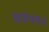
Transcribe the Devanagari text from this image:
सर्वथा॥